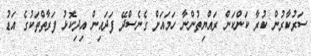
ސަރުކާރުން ކުރާ ކަންކަން ރައްޔިތުންނާ ހަމައަށް ގެނެސްދޭ ފަދައިން އިދިކޮޅު ފަރާތްތަކުގެ އަޑު